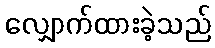
လျှောက်ထားခဲ့သည်